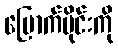
မြောက်ပိုင်းကို